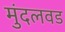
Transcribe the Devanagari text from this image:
मुंदलवड